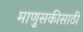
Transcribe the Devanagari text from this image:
माणुसकीसाठी